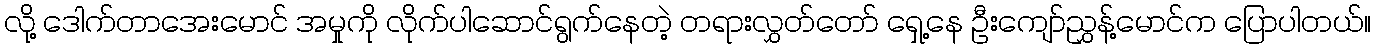
လို့ ဒေါက်တာအေးမောင် အမှုကို လိုက်ပါဆောင်ရွက်နေတဲ့ တရားလွှတ်တော် ရှေ့နေ ဦးကျော်ညွှန့်မောင်က ပြောပါတယ်။